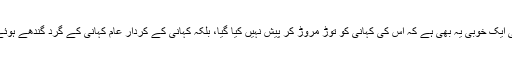
اس کی ایک خوبی یہ بھی ہے کہ اس کی کہانی کو توڑ مروڑ کر پیش نہیں کیا گیا، بلکہ کہانی کے کردار عام کہانی کے گرد گندھے ہوئے ہیں۔